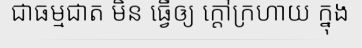
ជាធម្មជាត មិន ធ្វើឲ្យ ក្តៅក្រហាយ ក្នុង